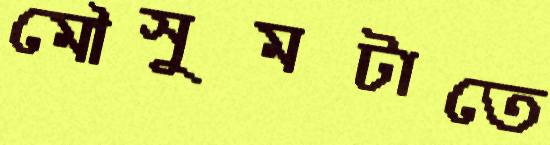
মৌসুমটাতে